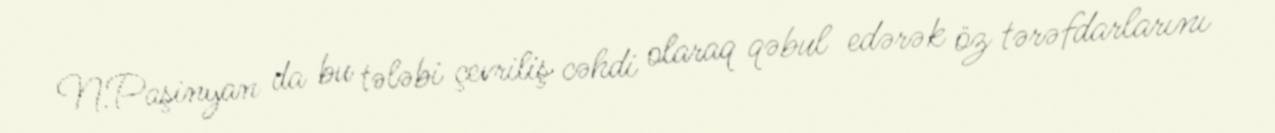
N.Paşinyan da bu tələbi çevriliş cəhdi olaraq qəbul edərək öz tərəfdarlarını